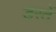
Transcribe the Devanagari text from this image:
डरतें